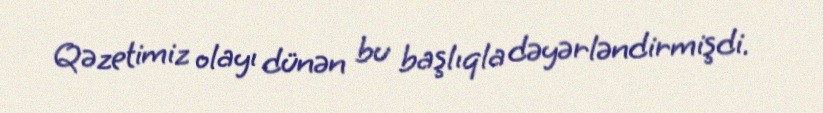
Qəzetimiz olayı dünən bu başlıqla dəyərləndirmişdi.